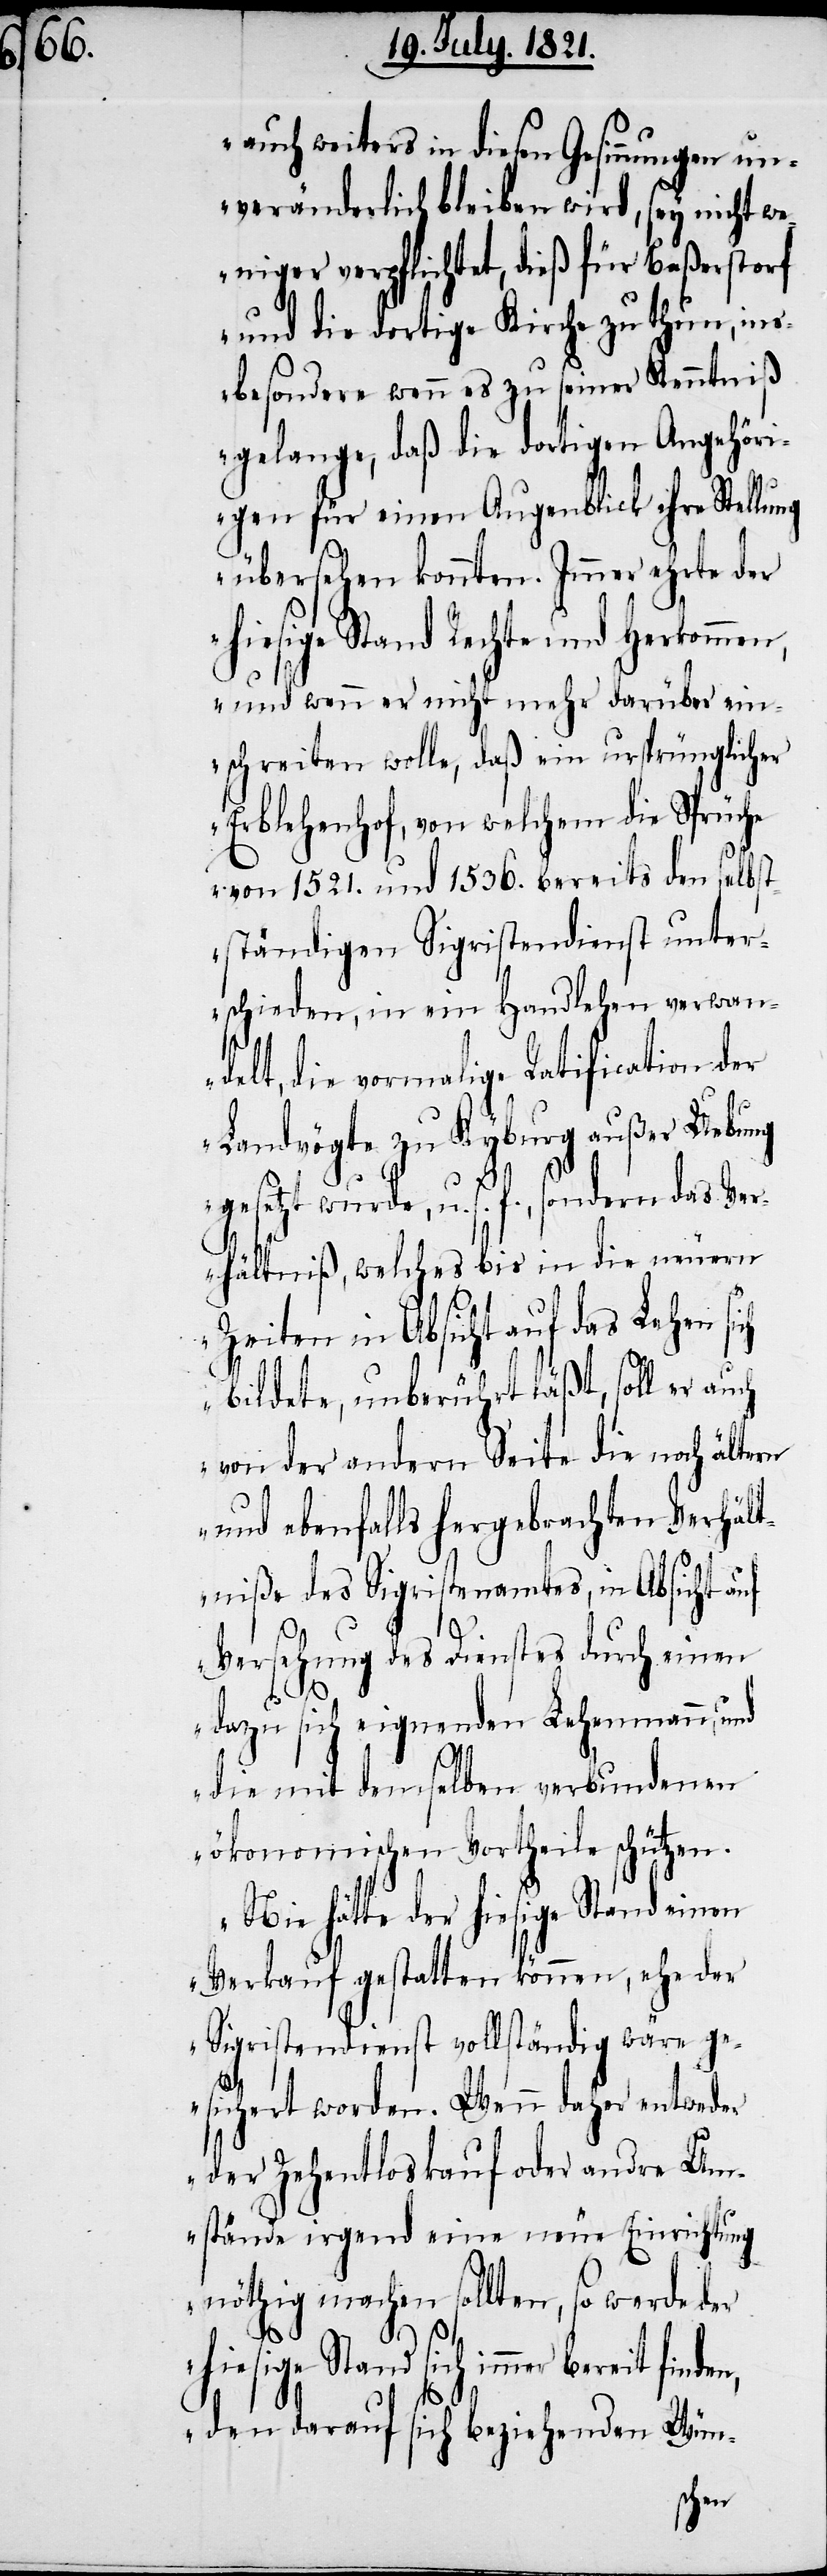
auch weiters in diesen Gesinnungen un¬
veränderlich bleiben wird, sey nicht we¬
niger verpflichtet, dieß für Baßerstorf
und die dortige Kirche zu thun, in¬
sbesondere wenn es zu seiner Kenntniß
gelange, daß die dortigen Angehöri¬
gen für einen Augenblick ihre Stellung
übersehen könnten. Immer ehrte der
hiesige Stand Rechte und Herkommen,
und wenn er nicht mehr darüber ein¬
schreiten wolle, daß ein ursprünglicher
Erblehenhof, von welchem die Sprüche
von 1521. und 1536. bereits den selbst¬
ständigen Sigristendienst unter¬
schieden, in ein Handlehen verwan¬
delt, die vormalige Ratification der
Landvögte zu Kyburg außer Uebung
n,
gesetzt wurde, u. s. f., sondern das Ver¬
hältniß, welches bis in die neuern
Zeiten in Absicht auf das Lehen si¬
bildete, unberührt läßt, soll er auch
von der andern Seite die noch ältern
und ebenfalls hergebrachten Verhält¬
niße des Sigristenamtes, in Absicht auf
Versehung des Dienstes durch einen
dazu sich eignenden Lehenmann, und
die mit demselben verbundenen
ökonomischen Vortheile schützen.
Nie hätte der hiesige Stand einen
Verkauf gestatten können, ehe der
Sigristendienst vollständig wäre ge¬
sichert worden. Wenn daher entweder
der Zehentenloskauf oder andre Um¬
stände irgend eine neue Einrichtung
nöthig machen sollten, so werde der
hiesige Stand sich immer bereit finde¬
den darauf sich beziehenden Wün-